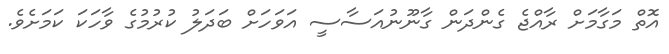
އޮތް މަގާމަށް ރާއްޖެ ގެންދަން ގާނޫނުއަސާސީ އަވަހަށް ބަދަލު ކުރުމުގެ ވާހަކަ ކަމަށެވެ.